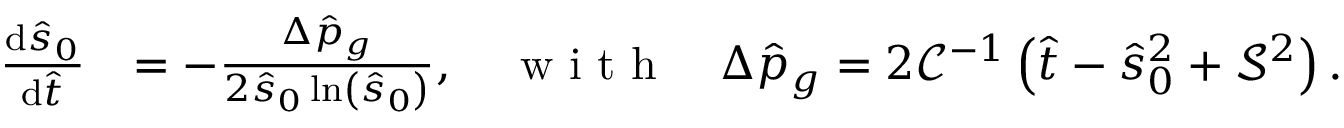
\begin{array} { r l } { \frac { \mathrm { d } \hat { s } _ { 0 } } { \mathrm { d } \hat { t } } } & { = - \frac { \Delta \hat { p } _ { g } } { 2 \hat { s } _ { 0 } \ln \left( \hat { s } _ { 0 } \right) } , \quad \textrm { w i t h } \quad \Delta \hat { p } _ { g } = 2 \mathcal { C } ^ { - 1 } \left( \hat { t } - \hat { s } _ { 0 } ^ { 2 } + \mathcal { S } ^ { 2 } \right) . } \end{array}